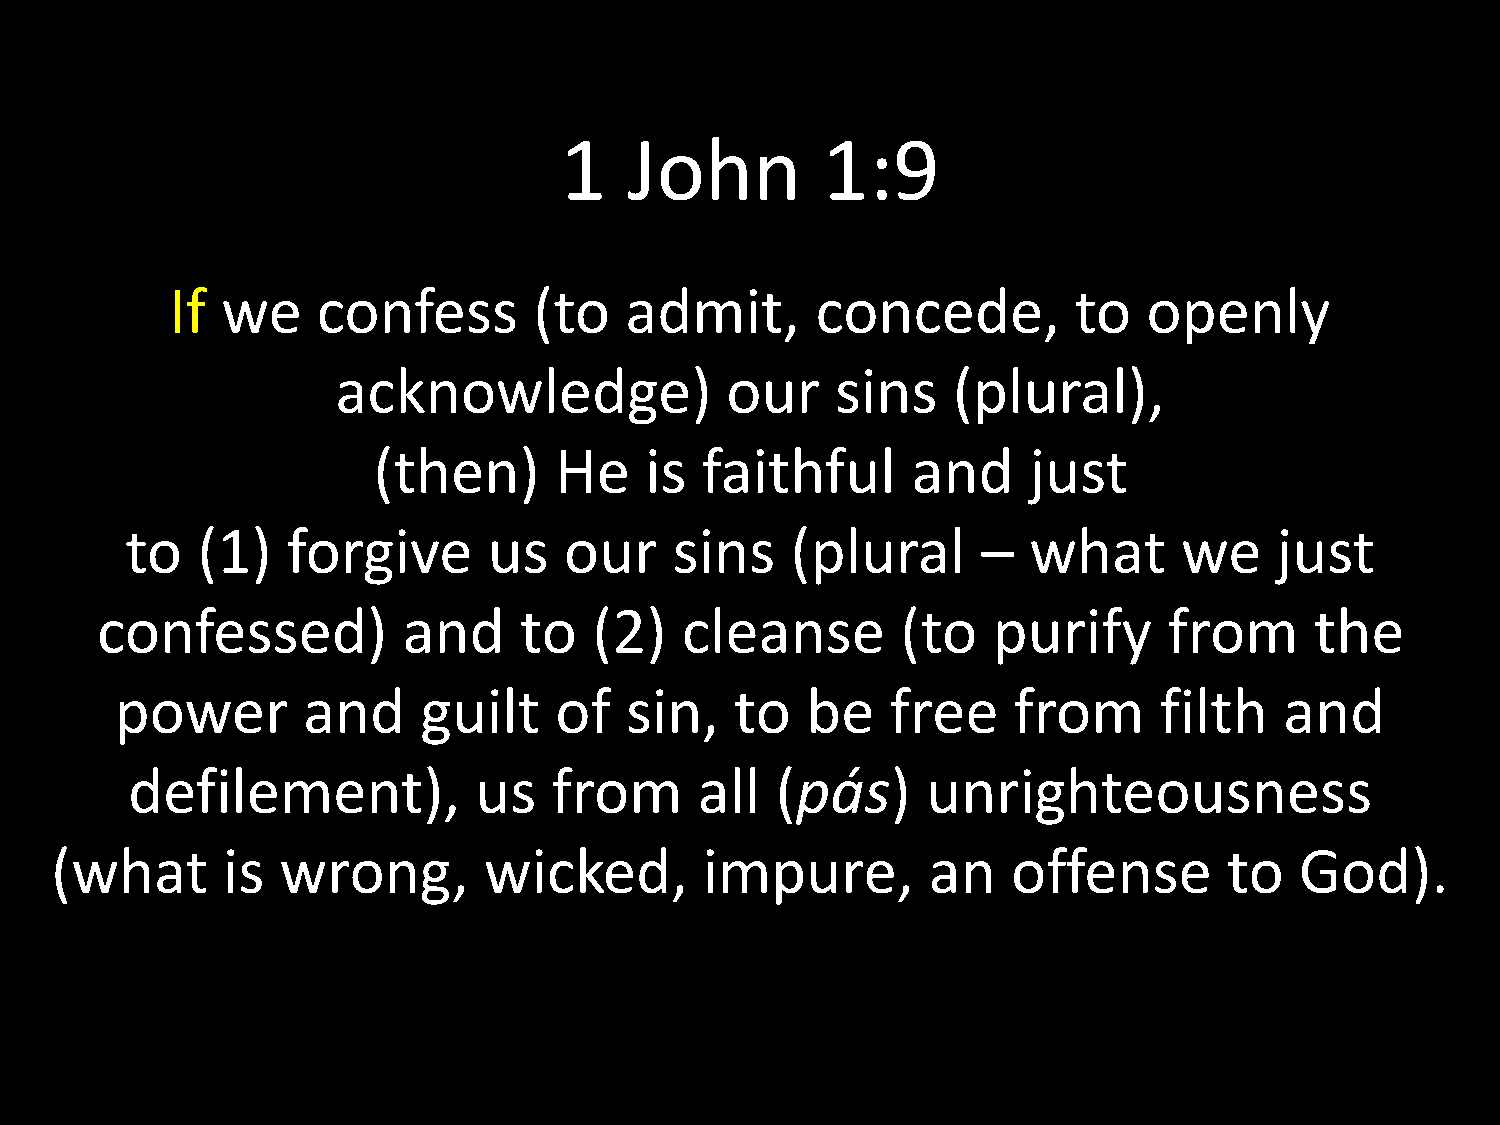
1    John        1:9
 If  we    confess       (to   admit,       concede,         to   openly
 acknowledge)              our    sins    (plural),
 (then)      He    is faithful      and     just
 to   (1)   forgive      us   our     sins   (plural      –  what      we     just
 confessed)           and    to   (2)   cleanse        (to   purify     from      the
 power       and     guilt    of  sin,    to  be    free    from      filth   and
 defilement),           us    from     all  (pás)     unrighteousness
 (what       is wrong,        wicked,        impure,       an    offense       to   God).